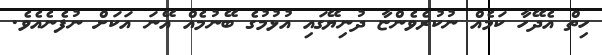
ހިތް އެދޭހާ ކަމެއް ނުކުރެވެންޏާ ދުނިޔޭގައި އުޅުމުގެ ބޭނުމެއް އޭނަ އަކަށް ނުފެނެއެވެ.